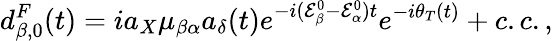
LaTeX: d_{\beta,0}^{F}(t)=ia_{X}\mu_{\beta\alpha}a_{\delta}(t)e^{-i(\mathcal{E}_{\beta}^{0}-\mathcal{E}_{\alpha}^{0})t}e^{-i\theta_{T}(t)}+c.c.,